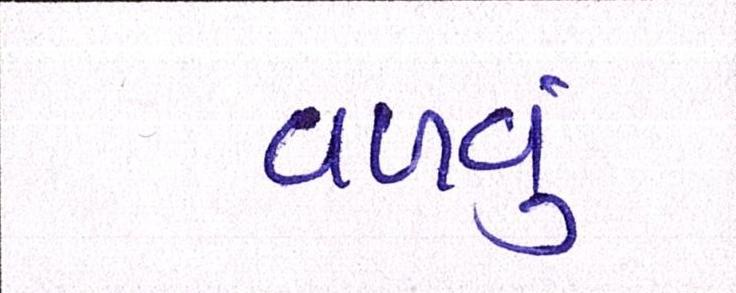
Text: વળવું